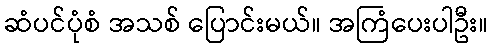
ဆံပင်ပုံစံ အသစ် ပြောင်းမယ်။ အကြံပေးပါဦး။